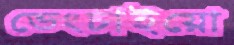
ভেংচাইয়ো